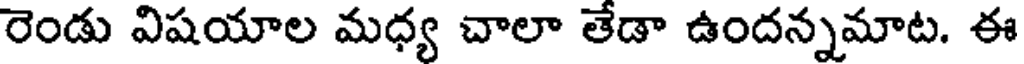
రెండు విషయాల మధ్య చాలా తేడా ఉందన్నమాట. ఈ